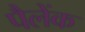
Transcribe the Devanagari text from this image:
पैलेंक